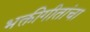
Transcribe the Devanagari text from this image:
भक्तीगीतांचा